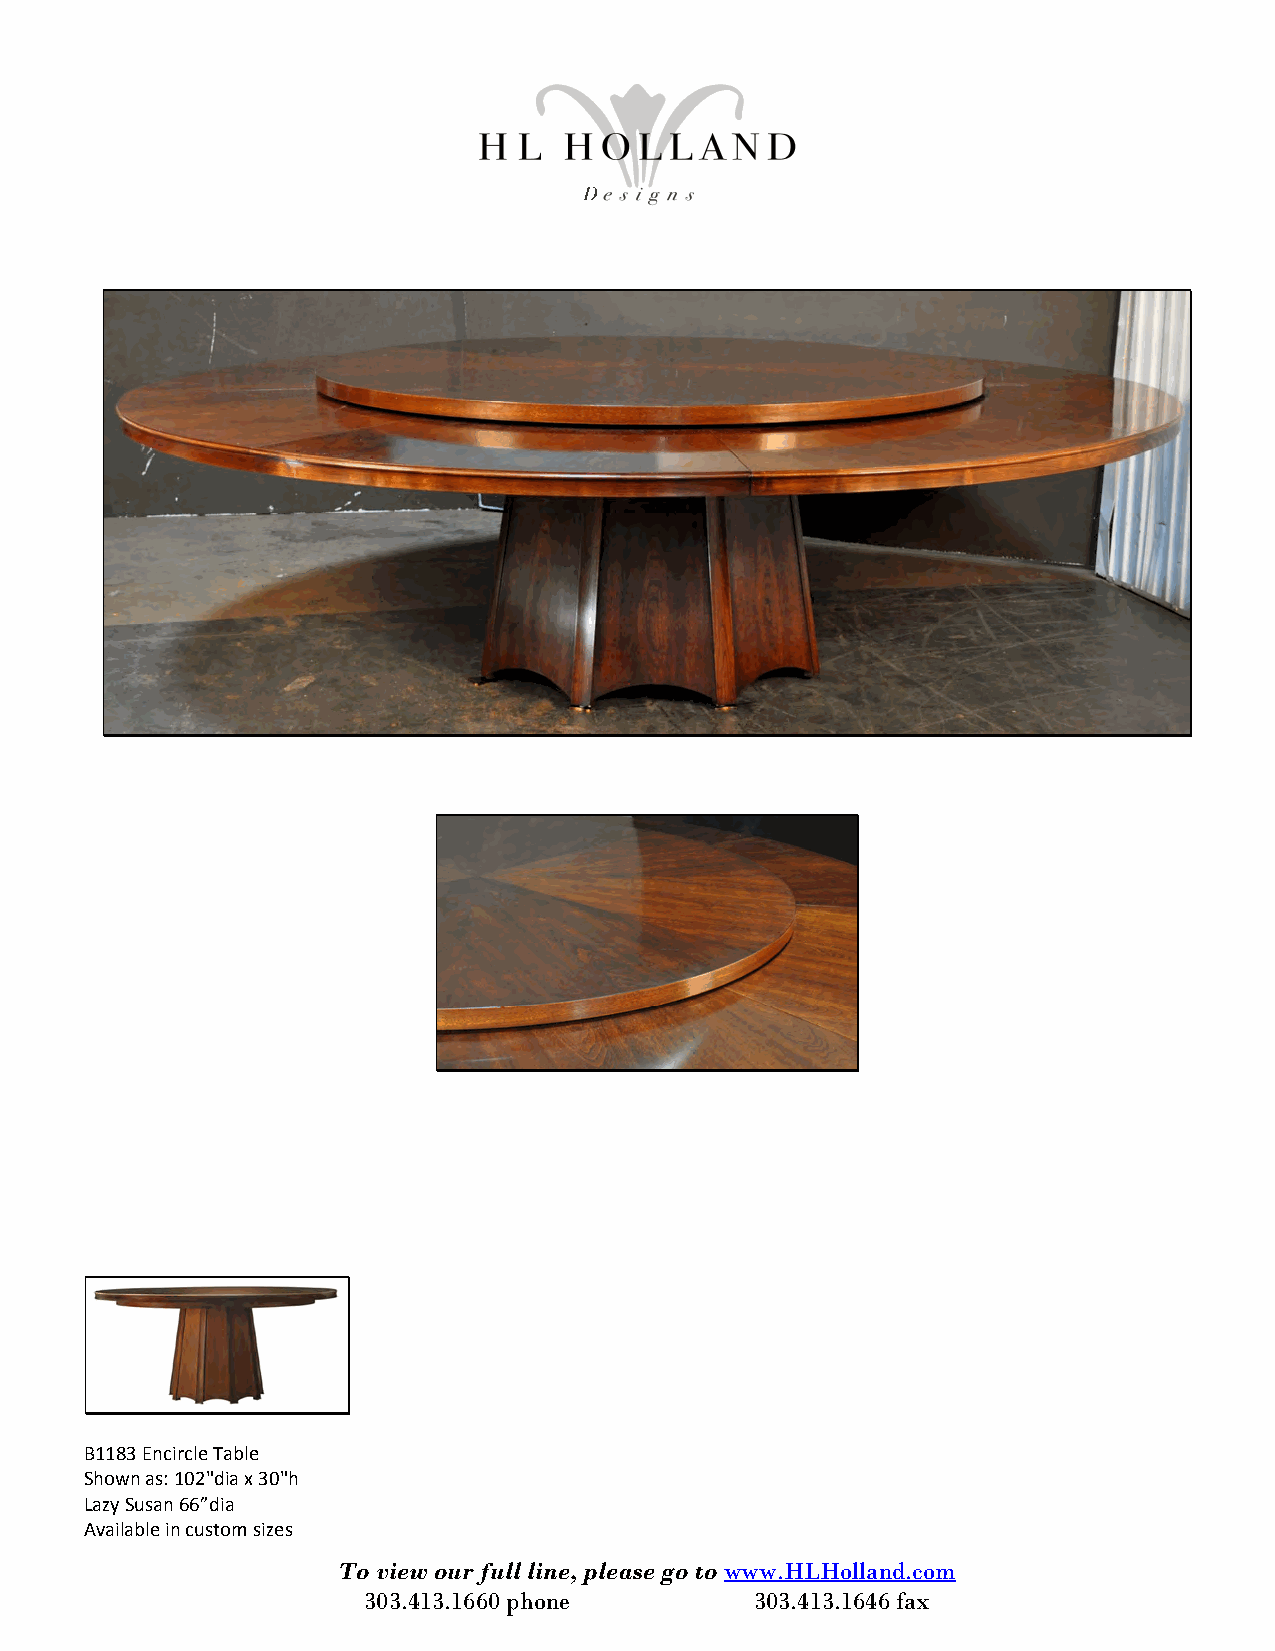
B1183 Encircle Table
 Shown as: 102"dia x 30"h
 Lazy Susan 66”dia
 Available in custom sizes
 To view our full line, please go to www.HLHolland.com
 303.413.1660 phone        303.413.1646 fax